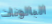
البالونات